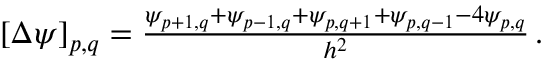
\begin{array} { r } { [ \Delta \psi ] _ { p , q } = \frac { \psi _ { p + 1 , q } + \psi _ { p - 1 , q } + \psi _ { p , q + 1 } + \psi _ { p , q - 1 } - 4 \psi _ { p , q } } { h ^ { 2 } } \, . } \end{array}